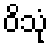
ဝိသုံ